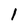
Character: 1